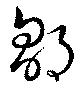
鄒